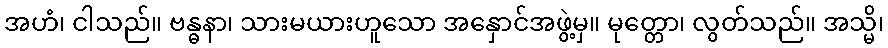
အဟံ၊ ငါသည်။ ဗန္ဓနာ၊ သားမယားဟူသော အနှောင်အဖွဲ့မှ။ မုတ္တော၊ လွတ်သည်။ အသ္မိ၊